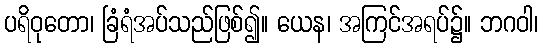
ပရိဝုတော၊ ခြံရံအပ်သည်ဖြစ်၍။ ယေန၊ အကြင်အရပ်၌။ ဘဂဝါ၊